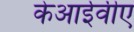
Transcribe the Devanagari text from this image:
केआईवीए